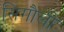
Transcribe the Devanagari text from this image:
सिगौली